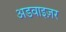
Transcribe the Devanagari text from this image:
अडवाइज़र